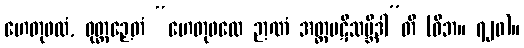
ဟေတုဖလံ, ဝုတ္တဉှေတံ “ဟေတုဖလေ ဉာဏံ အတ္ထပဋိသမ္ဘိဒါ”တိ (ဝိဘ။ ၇၂၀)။